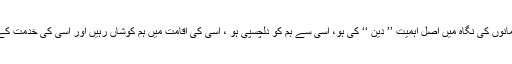
اس آیت سے بہت واضع ہے کہ مسلمانوں کی نگاہ میں اصل اہمیت ’’ دین ‘‘ کی ہو، اسی سے ہم کو دلچسپی ہو ، اسی کی اقامت میں ہم کوشاں رہیں اور اسی کی خدمت کے لیئے آپس میں تعاون کرتے رہیں ۔